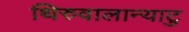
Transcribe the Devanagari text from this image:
थिरुवालान्याटु